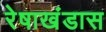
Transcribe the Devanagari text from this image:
रेषाखंडास